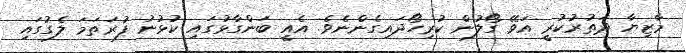
މާޒިޔާ ދަތުރުކުރީ އަވޭ ގޯލުން ކުރިހޯދައިގެންނެވެ. އެއީ ބަންގާޅުގައި ކުޅުނު ފުރަތަމަ ލެގުގައި